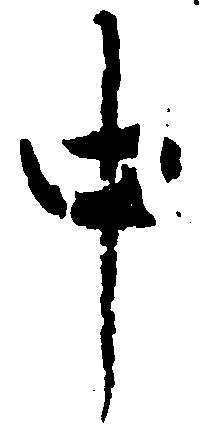
中